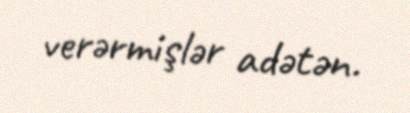
verərmişlər adətən.